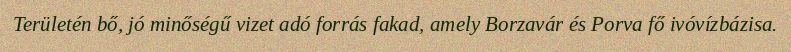
Területén bő, jó minőségű vizet adó forrás fakad, amely Borzavár és Porva fő ivóvízbázisa.